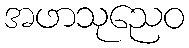
အဖာသုညေဝ